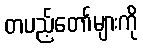
တပည့်တော်များကို